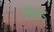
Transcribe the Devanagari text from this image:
साल्व्ड